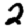
Digit: 2